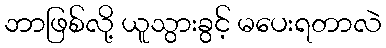
ဘာဖြစ်လို့ ယူသွားခွင့် မပေးရတာလဲ